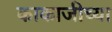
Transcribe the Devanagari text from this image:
काकाजीच्या